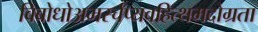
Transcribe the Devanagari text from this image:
विबोधोअमर्स्चप्यवहित्थमदोग्रता